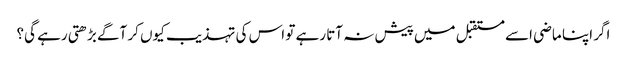
اگر اپنا ماضی اسے مستقبل میں پیش نہ آتا رہے تو اس کی تہذیب کیوں کر آگے بڑھتی رہے گی؟